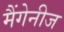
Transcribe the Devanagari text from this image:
मैंगेनीज